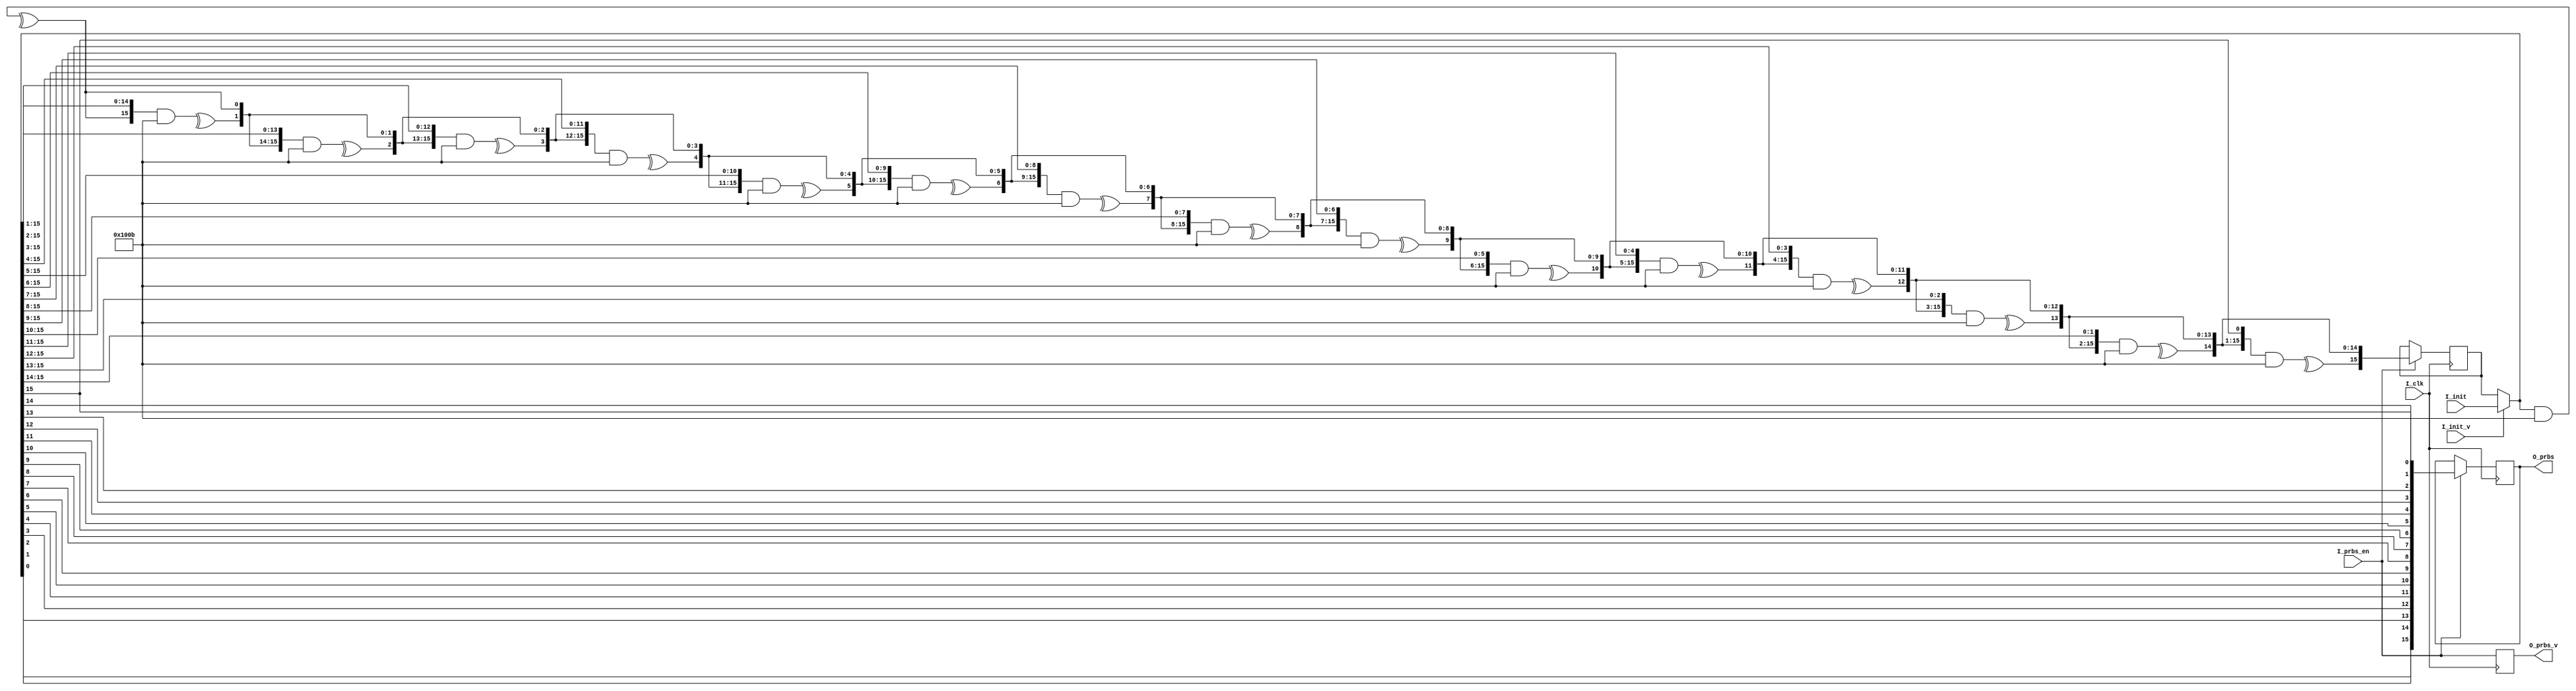
`timescale 1ns/100ps
module prbs_gen
#(
parameter C_DWIDTH     = 16                       ,
parameter C_PRIMPOLY   = 17'b1_0001_0000_0000_1011,
parameter C_POLY_WIDTH = 16
)
(
input                         I_clk     ,
input      [C_POLY_WIDTH-1:0] I_init    ,
input                         I_init_v  ,
input                         I_prbs_en ,
output reg [C_DWIDTH-1:0]     O_prbs    ,
output reg                    O_prbs_v
);

//-------------generation table----------------
//4:  X^4+X^1+1
//5:  X^5+X^2+1
//6:  X^6+X^1+1
//7:  X^7+X^3+1
//8:  X^8+X^4+X^3+X^2+1
//9:  X^9+X^4+1
//10: X^10+X^3+1
//11: X^11+X^2+1
//12: X^12+X^6+X^4+X^1+1
//13: X^13+X^4+X^3+X^1+1
//14: X^14+X^10+X^6+X^1+1
//15: X^15+X^1+1
//16: X^16+X^12+X^3+X^1+1
//----------------------------------------------
reg [C_POLY_WIDTH-1:0] S_prbs_reg;
wire [C_POLY_WIDTH-1:0] S_reg_sel;

assign S_reg_sel = I_init_v ? I_init : S_prbs_reg;

always @(posedge I_clk)
begin
    if(I_prbs_en)
    begin
        S_prbs_reg <= F_prbs_reg(S_reg_sel);
        O_prbs <= F_prbs_output(S_reg_sel);
    end
    O_prbs_v <= I_prbs_en;
end

function [C_DWIDTH-1:0] F_prbs_output;
input [C_POLY_WIDTH-1:0] S_cal_init;
reg [C_POLY_WIDTH-1:0] S_temp;
integer F_i;
begin
    S_temp = S_cal_init;
    for(F_i=0;F_i<C_DWIDTH;F_i=F_i+1)
    begin
        F_prbs_output[C_DWIDTH-1-F_i] = S_temp[0];
        S_temp = {^(S_temp & C_PRIMPOLY[C_POLY_WIDTH-1:0]),S_temp[C_POLY_WIDTH-1:1]};
    end
end
endfunction

function [C_POLY_WIDTH-1:0] F_prbs_reg;
input [C_POLY_WIDTH-1:0] S_cal_init;
integer F_i;
begin
    F_prbs_reg = S_cal_init;
    for(F_i=0;F_i<C_DWIDTH;F_i=F_i+1)
        F_prbs_reg = {^(F_prbs_reg & C_PRIMPOLY[C_POLY_WIDTH-1:0]),F_prbs_reg[C_POLY_WIDTH-1:1]};
end
endfunction

endmodule